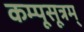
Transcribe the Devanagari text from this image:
कम्पूसूत्रम्